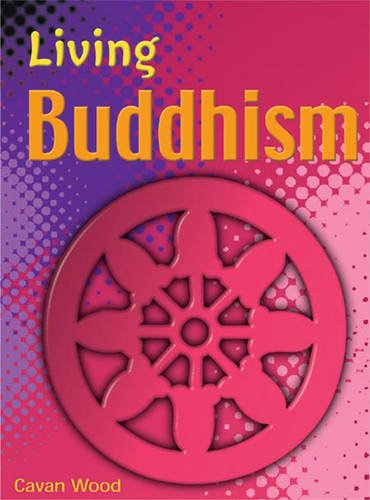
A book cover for Living Buddhism (Living Religions); Cavan Wood; Teen & Young Adult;